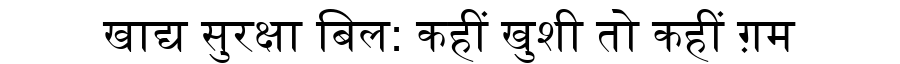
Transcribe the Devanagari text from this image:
खाद्य सुरक्षा बिल: कहीं खुशी तो कहीं ग़म